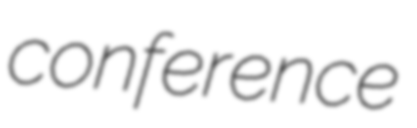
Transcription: conference